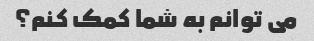
می توانم به شما کمک کنم؟